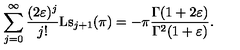
\sum _ { j = 0 } ^ { \infty } \frac { ( 2 \varepsilon ) ^ { j } } { j ! } \mathrm { L s } _ { j + 1 } ( \pi ) = - \pi \frac { \Gamma ( 1 + 2 \varepsilon ) } { \Gamma ^ { 2 } ( 1 + \varepsilon ) } .